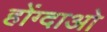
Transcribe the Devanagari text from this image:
होंग्दाओ